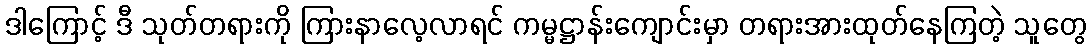
ဒါကြောင့် ဒီ သုတ်တရားကို ကြားနာလေ့လာရင် ကမ္မဋ္ဌာန်းကျောင်းမှာ တရားအားထုတ်နေကြတဲ့ သူတွေ